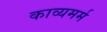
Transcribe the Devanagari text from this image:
काव्यमर्म